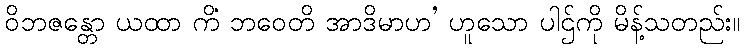
ဝိဘဇန္တော ယထာ ကိံ ဘဝေတိ အာဒိမာဟ’ ဟူသော ပါဌ်ကို မိန့်သတည်း။